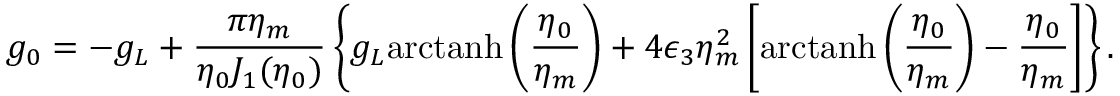
g _ { 0 } = - g _ { L } + \frac { \pi \eta _ { m } } { \eta _ { 0 } J _ { 1 } ( \eta _ { 0 } ) } \left\{ g _ { L } \mathrm { a r c t a n h } \left( \frac { \eta _ { 0 } } { \eta _ { m } } \right) + 4 \epsilon _ { 3 } \eta _ { m } ^ { 2 } \left[ \mathrm { a r c t a n h } \left( \frac { \eta _ { 0 } } { \eta _ { m } } \right) - \frac { \eta _ { 0 } } { \eta _ { m } } \right] \right\} .